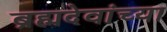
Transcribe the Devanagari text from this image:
ब्रह्मदेवांच्या